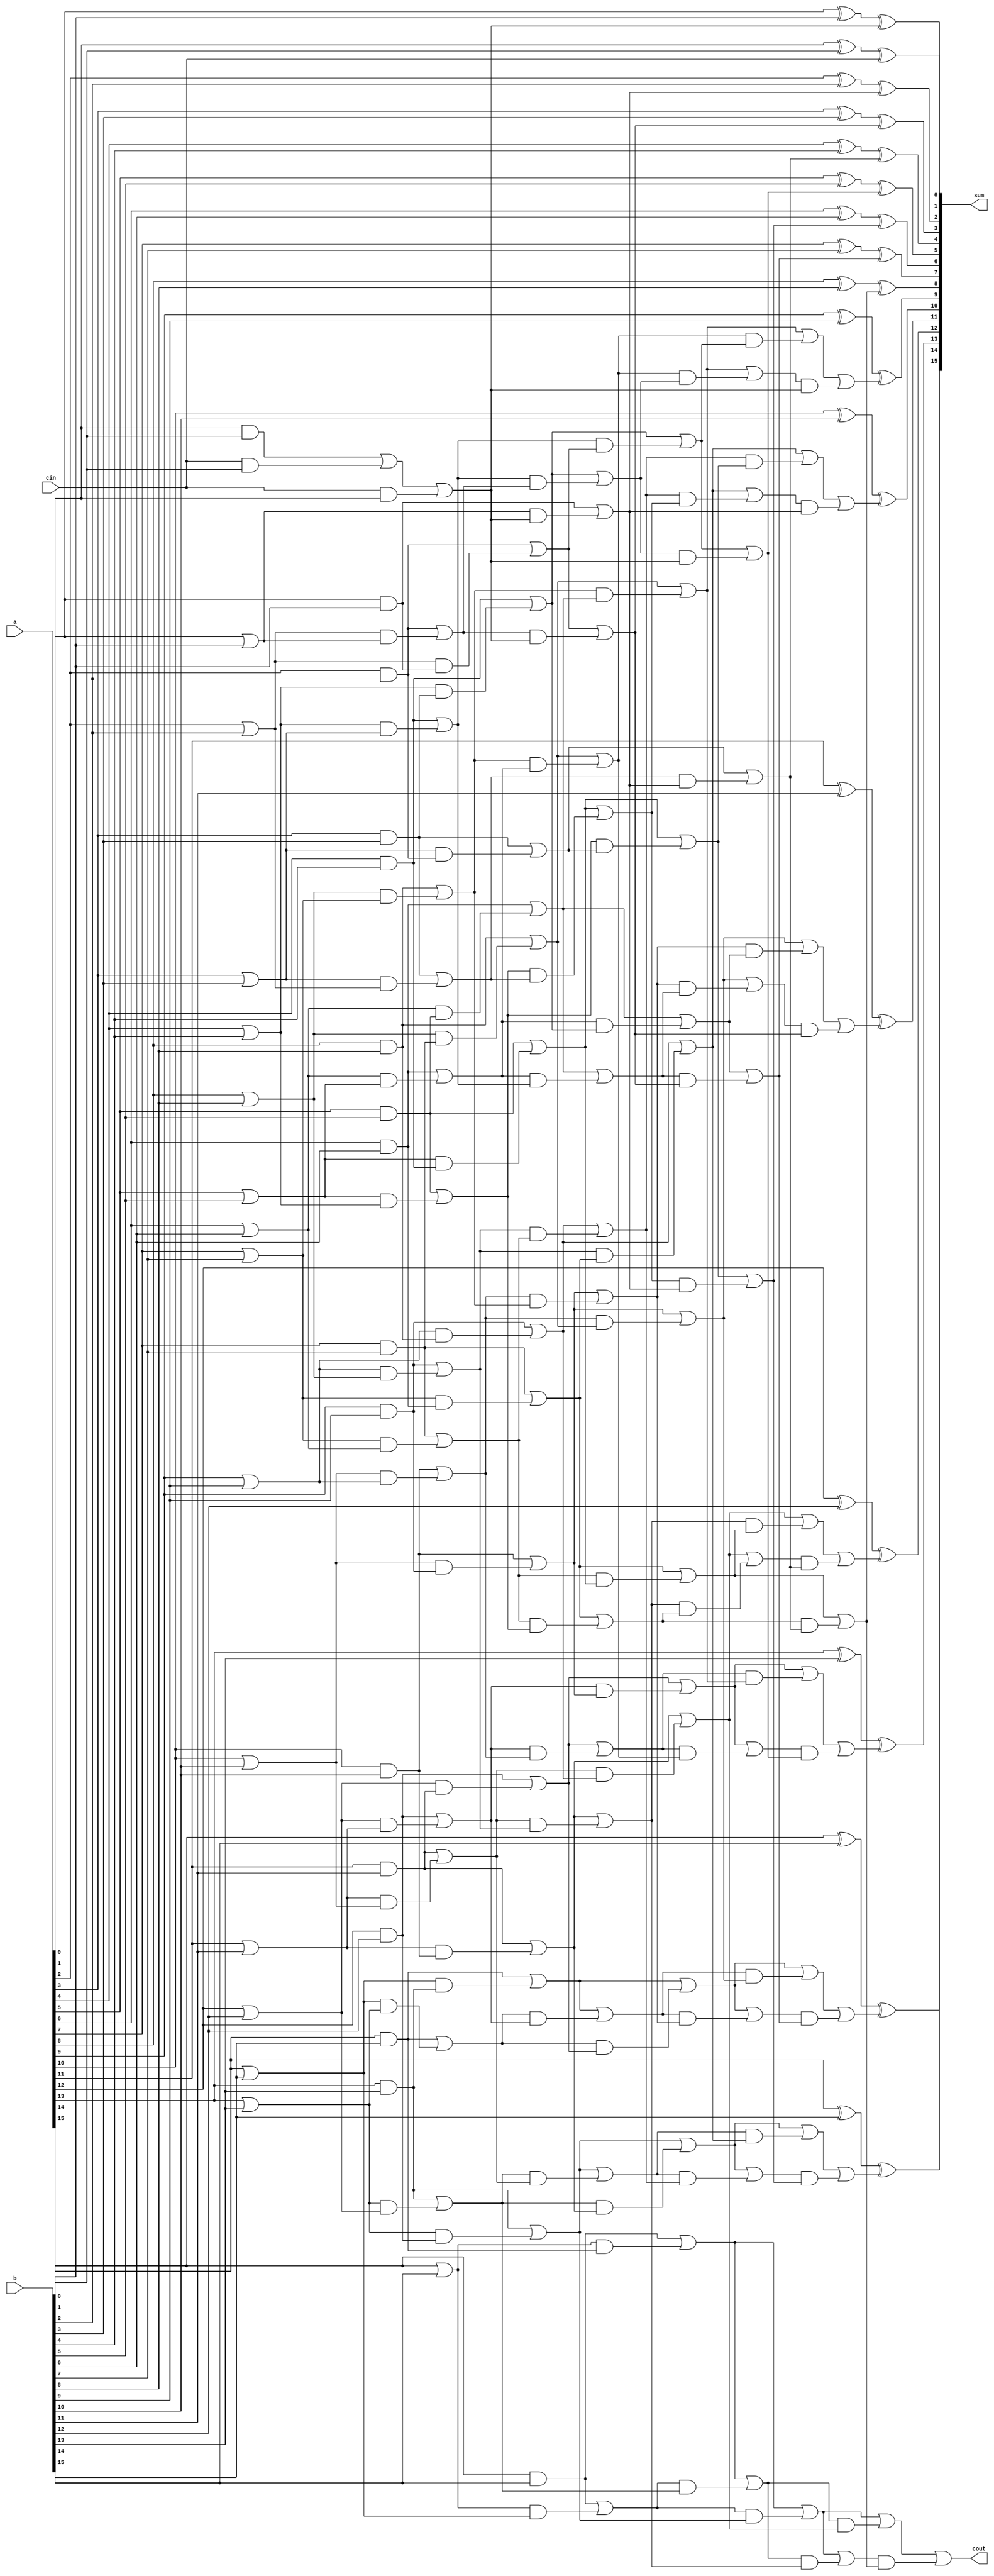
module doub_red(a,b,cin,sum,cout);

input [15:0] a;
input [15:0] b;
input cin;

wire [31:0] d;
wire [31:0] c;
wire [31:0]e;
wire [31:0]f;
wire [31:0]g;
wire [31:0] s;


output [15:0]sum;
output cout;


assign c[0]=(a[0]&b[0])|(cin&b[0])|(cin&a[0]);
assign c[1]=(a[0]&b[0])|(cin&b[0])|(cin&a[0]);
assign c[2]=a[1]&b[1];
assign c[3]=a[1]|b[1];
assign c[4]=a[2]&b[2];
assign c[5]=a[2]|b[2];
assign c[6]=a[3]&b[3];
assign c[7]=a[3]|b[3];
assign c[8]=a[4]&b[4];
assign c[9]=a[4]|b[4];
assign c[10]=a[5]&b[5];
assign c[11]=a[5]|b[5];
assign c[12]=a[6]&b[6];
assign c[13]=a[6]|b[6];
assign c[14]=a[7]&b[7];
assign c[15]=a[7]|b[7];
assign c[16]=a[8]&b[8];
assign c[17]=a[8]|b[8];
assign c[18]=a[9]&b[9];
assign c[19]=a[9]|b[9];
assign c[20]=a[10]&b[10];
assign c[21]=a[10]|b[10];
assign c[22]=a[11]&b[11];
assign c[23]=a[11]|b[11];
assign c[24]=a[12]&b[12];
assign c[25]=a[12]|b[12];
assign c[26]=a[13]&b[13];
assign c[27]=a[13]|b[13];
assign c[28]=a[14]&b[14];
assign c[29]=a[14]|b[14];
assign c[30]=a[15]&b[15];
assign c[31]=a[15]|b[15];
//////////////////////////////
assign d[1:0]=c[1:0];

assign d[2]=c[2]|(c[3]&c[0]);
assign d[3]=c[2]|(c[3]&c[1]);
assign d[4]=c[4]|(c[5]&c[2]);
assign d[5]=c[4]|(c[5]&c[3]);
assign d[6]=c[6]|(c[7]&c[4]);
assign d[7]=c[6]|(c[7]&c[5]);
assign d[8]=c[8]|(c[9]&c[6]);
assign d[9]=c[8]|(c[9]&c[7]);
assign d[10]=c[10]|(c[11]&c[8]);
assign d[11]=c[10]|(c[11]&c[9]);
assign d[12]=c[12]|(c[13]&c[10]);
assign d[13]=c[12]|(c[13]&c[11]);
assign d[14]=c[14]|(c[15]&c[12]);
assign d[15]=c[14]|(c[15]&c[13]);
assign d[16]=c[16]|(c[17]&c[14]);
assign d[17]=c[16]|(c[17]&c[15]);
assign d[18]=c[18]|(c[19]&c[16]);
assign d[19]=c[18]|(c[19]&c[17]);
assign d[20]=c[20]|(c[21]&c[18]);
assign d[21]=c[20]|(c[21]&c[19]);
assign d[22]=c[22]|(c[23]&c[20]);
assign d[23]=c[22]|(c[23]&c[21]);
assign d[24]=c[24]|(c[25]&c[22]);
assign d[25]=c[24]|(c[25]&c[23]);
assign d[26]=c[26]|(c[27]&c[24]);
assign d[27]=c[26]|(c[27]&c[25]);
assign d[28]=c[28]|(c[29]&c[26]);
assign d[29]=c[28]|(c[29]&c[27]);
assign d[30]=c[30]|(c[31]&c[28]);
assign d[31]=c[30]|(c[31]&c[29]);
////////////////////////////////////////////////////////
assign e[1:0]=d[1:0];
assign e[3:2]=d[3:2];

assign e[4]=d[4]|(d[5]&d[0]);
assign e[5]=d[4]|(d[5]&d[1]);
assign e[6]=d[6]|(d[7]&d[2]);
assign e[7]=d[6]|(d[7]&d[3]);
assign e[8]=d[8]|(d[9]&d[4]);
assign e[9]=d[8]|(d[9]&d[5]);
assign e[10]=d[10]|(d[11]&d[6]);
assign e[11]=d[10]|(d[11]&d[7]);
assign e[12]=d[12]|(d[13]&d[8]);
assign e[13]=d[12]|(d[13]&d[9]);
assign e[14]=d[14]|(d[15]&d[10]);
assign e[15]=d[14]|(d[15]&d[11]);
assign e[16]=d[16]|(d[17]&d[12]);
assign e[17]=d[16]|(d[17]&d[13]);
assign e[18]=d[18]|(d[19]&d[14]);
assign e[19]=d[18]|(d[19]&d[15]);
assign e[20]=d[20]|(d[21]&d[16]);
assign e[21]=d[20]|(d[21]&d[17]);
assign e[22]=d[22]|(d[23]&d[18]);
assign e[23]=d[22]|(d[23]&d[19]);
assign e[24]=d[24]|(d[25]&d[20]);
assign e[25]=d[24]|(d[25]&d[21]);
assign e[26]=d[26]|(d[27]&d[22]);
assign e[27]=d[26]|(d[27]&d[23]);
assign e[28]=d[28]|(d[29]&d[24]);
assign e[29]=d[28]|(d[29]&d[25]);
assign e[30]=d[30]|(d[31]&d[26]);
assign e[31]=d[30]|(d[31]&d[27]);
/////////////////////////////////////////////////////////////////
assign f[1:0]=e[1:0];
assign f[3:2]=e[3:2];
assign f[5:4]=e[5:4];
assign f[7:6]=e[7:6];

assign f[8]=e[8]|(e[9]&e[0]);
assign f[9]=e[8]|(e[9]&e[1]);
assign f[10]=e[10]|(e[11]&e[2]);
assign f[11]=e[10]|(e[11]&e[3]);
assign f[12]=e[12]|(e[13]&e[4]);
assign f[13]=e[12]|(e[13]&e[5]);
assign f[14]=e[14]|(e[15]&e[6]);
assign f[15]=e[14]|(e[15]&e[7]);
assign f[16]=e[16]|(e[17]&e[8]);
assign f[17]=e[16]|(e[17]&e[9]);
assign f[18]=e[18]|(e[19]&e[10]);
assign f[19]=e[18]|(e[19]&e[11]);
assign f[20]=e[20]|(e[21]&e[12]);
assign f[21]=e[20]|(e[21]&e[13]);
assign f[22]=e[22]|(e[23]&e[14]);
assign f[23]=e[22]|(e[23]&e[15]);
assign f[24]=e[24]|(e[25]&e[16]);
assign f[25]=e[24]|(e[25]&e[17]);
assign f[26]=e[26]|(e[27]&e[18]);
assign f[27]=e[26]|(e[27]&e[19]);
assign f[28]=e[28]|(e[29]&e[20]);
assign f[29]=e[28]|(e[29]&e[21]);
assign f[30]=e[30]|(e[31]&e[22]);
assign f[31]=e[30]|(e[31]&e[23]);
////////////////////////////////////////////////////////
assign g[1:0]=f[1:0];
assign g[3:2]=f[3:2];
assign g[5:4]=f[5:4];
assign g[7:6]=f[7:6];
assign g[9:8]=f[9:8];
assign g[11:10]=f[11:10];
assign g[13:12]=f[13:12];
assign g[15:14]=f[15:14];

assign g[16]=f[16]|(f[17]&f[0]);
assign g[17]=f[16]|(f[17]&f[1]);
assign g[18]=f[18]|(f[19]&f[2]);
assign g[19]=f[18]|(f[19]&f[3]);
assign g[20]=f[20]|(f[21]&f[4]);
assign g[21]=f[20]|(f[21]&f[5]);
assign g[22]=f[22]|(f[23]&f[6]);
assign g[23]=f[22]|(f[23]&f[7]);
assign g[24]=f[24]|(f[25]&f[8]);
assign g[25]=f[24]|(f[25]&f[9]);
assign g[26]=f[26]|(f[27]&f[10]);
assign g[27]=f[26]|(f[27]&f[11]);
assign g[28]=f[28]|(f[29]&f[12]);
assign g[29]=f[28]|(f[29]&f[13]);
assign g[30]=f[30]|(f[31]&f[14]);
assign g[31]=f[30]|(f[31]&f[15]);
//////////////////////////////////////////

assign s[0]=g[0]&g[1];
assign s[1]=g[2]&g[3];
assign s[2]=g[4]&g[5];
assign s[3]=g[6]&g[7];
assign s[4]=g[8]&g[9];
assign s[5]=g[10]&g[11];
assign s[6]=g[12]&g[13];
assign s[7]=g[14]&g[15];
assign s[8]=g[16]&g[17];
assign s[9]=g[18]&g[19];
assign s[10]=g[20]&g[21];
assign s[11]=g[22]&g[23];
assign s[12]=g[24]&g[25];
assign s[13]=g[26]&g[27];
assign s[14]=g[28]&g[29];
assign s[15]=g[30]&g[31];




////////////////////////////////////////////////

assign sum[0]=a[0]^b[0]^cin;
assign sum[1]=a[1]^b[1]^s[0];
assign sum[2]=a[2]^b[2]^s[1];
assign sum[3]=a[3]^b[3]^s[2];
assign sum[4]=a[4]^b[4]^s[3];
assign sum[5]=a[5]^b[5]^s[4];
assign sum[6]=a[6]^b[6]^s[5];
assign sum[7]=a[7]^b[7]^s[6];
assign sum[8]=a[8]^b[8]^s[7];
assign sum[9]=a[9]^b[9]^s[8];
assign sum[10]=a[10]^b[10]^s[9];
assign sum[11]=a[11]^b[11]^s[10];
assign sum[12]=a[12]^b[12]^s[11];
assign sum[13]=a[13]^b[13]^s[12];
assign sum[14]=a[14]^b[14]^s[13];
assign sum[15]=a[15]^b[15]^s[14];
assign cout=s[15];



endmodule